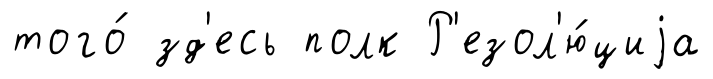
того́ зд'есь полк Р'езол'ю́циjа